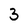
Character: 3